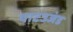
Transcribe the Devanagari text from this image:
थाटउजंड